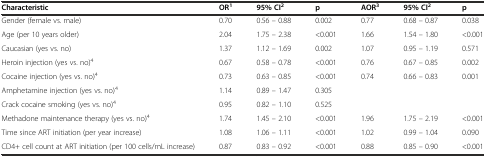
<table><thead><tr><td><b>Characteristic</b></td><td><b>OR<sup>1</sup></b></td><td><b>95% CI<sup>2</sup></b></td><td><b>p</b></td><td><b>AOR<sup>3</sup></b></td><td><b>95% CI<sup>2</sup></b></td><td><b>p</b></td></tr></thead><tbody><tr><td>Gender (female vs. male)</td><td>0.70</td><td>0.56 – 0.88</td><td>0.002</td><td>0.77</td><td>0.68 – 0.87</td><td>0.038</td></tr><tr><td>Age (per 10 years older)</td><td>2.04</td><td>1.75 – 2.38</td><td>&lt;0.001</td><td>1.66</td><td>1.54 – 1.80</td><td>&lt;0.001</td></tr><tr><td>Caucasian (yes vs. no)</td><td>1.37</td><td>1.12 – 1.69</td><td>0.002</td><td>1.07</td><td>0.95 – 1.19</td><td>0.571</td></tr><tr><td>Heroin injection (yes vs. no)<sup>4</sup></td><td>0.67</td><td>0.58 – 0.78</td><td>&lt;0.001</td><td>0.76</td><td>0.67 – 0.85</td><td>0.002</td></tr><tr><td>Cocaine injection (yes vs. no)<sup>4</sup></td><td>0.73</td><td>0.63 – 0.85</td><td>&lt;0.001</td><td>0.74</td><td>0.66 – 0.83</td><td>0.001</td></tr><tr><td>Amphetamine injection (yes vs. no)<sup>4</sup></td><td>1.14</td><td>0.89 – 1.47</td><td>0.305</td><td></td><td></td><td></td></tr><tr><td>Crack cocaine smoking (yes vs. no)<sup>4</sup></td><td>0.95</td><td>0.82 – 1.10</td><td>0.525</td><td></td><td></td><td></td></tr><tr><td>Methadone maintenance therapy (yes vs. no)<sup>4</sup></td><td>1.74</td><td>1.45 – 2.10</td><td>&lt;0.001</td><td>1.96</td><td>1.75 – 2.19</td><td>&lt;0.001</td></tr><tr><td>Time since ART initiation (per year increase)</td><td>1.08</td><td>1.06 – 1.11</td><td>&lt;0.001</td><td>1.02</td><td>0.99 – 1.04</td><td>0.090</td></tr><tr><td>CD4+ cell count at ART initiation (per 100 cells/mL increase)</td><td>0.87</td><td>0.83 – 0.92</td><td>&lt;0.001</td><td>0.88</td><td>0.85 – 0.90</td><td>&lt;0.001</td></tr></tbody></table>